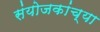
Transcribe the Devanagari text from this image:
संयोजकांच्या